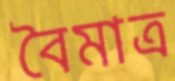
বৈমাত্র